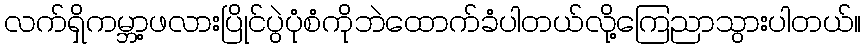
လက်ရှိကမ္ဘာ့ဖလားပြိုင်ပွဲပုံစံကိုဘဲထောက်ခံပါတယ်လို့ကြေညာသွားပါတယ်။